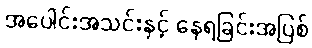
အပေါင်းအသင်းနှင့် နေရခြင်းအပြစ်